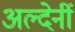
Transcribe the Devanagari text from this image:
अल्देर्नी